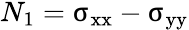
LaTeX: N_{1}=\upsigma_{\mathrm{xx}}-\upsigma_{\mathrm{yy}}